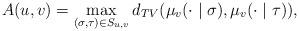
LaTeX: \begin{align*}A(u,v) = \max_{ (\sigma, \tau)\in S_{u,v}}d_{TV}(\mu_{v}(\cdot \mid \sigma), \mu_v(\cdot \mid \tau)), \end{align*}